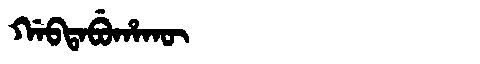
Manchu: ᡤᠠᠪᡨᠠᠪᡠᡥᠠᡴᡡ
Romanization: GABTABUHAKŪ